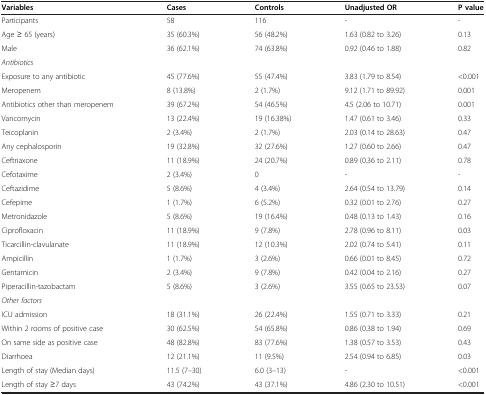
<table><thead><tr><td><b>Variables</b></td><td><b>Cases</b></td><td><b>Controls</b></td><td><b>Unadjusted OR</b></td><td><b>P value</b></td></tr></thead><tbody><tr><td>Participants</td><td>58</td><td>116</td><td>-</td><td>-</td></tr><tr><td>Age ≥ 65 (years)</td><td>35 (60.3%)</td><td>56 (48.2%)</td><td>1.63 (0.82 to 3.26)</td><td>0.13</td></tr><tr><td>Male</td><td>36 (62.1%)</td><td>74 (63.8%)</td><td>0.92 (0.46 to 1.88)</td><td>0.82</td></tr><tr><td><i>Antibiotics</i></td><td> </td><td> </td><td> </td><td> </td></tr><tr><td>Exposure to any antibiotic</td><td>45 (77.6%)</td><td>55 (47.4%)</td><td>3.83 (1.79 to 8.54)</td><td>&lt;0.001</td></tr><tr><td>Meropenem</td><td>8 (13.8%)</td><td>2 (1.7%)</td><td>9.12 (1.71 to 89.92)</td><td>0.001</td></tr><tr><td>Antibiotics other than meropenem</td><td>39 (67.2%)</td><td>54 (46.5%)</td><td>4.5 (2.06 to 10.71)</td><td>0.001</td></tr><tr><td>Vancomycin</td><td>13 (22.4%)</td><td>19 (16.38%)</td><td>1.47 (0.61 to 3.46)</td><td>0.33</td></tr><tr><td>Teicoplanin</td><td>2 (3.4%)</td><td>2 (1.7%)</td><td>2.03 (0.14 to 28.63)</td><td>0.47</td></tr><tr><td>Any cephalosporin</td><td>19 (32.8%)</td><td>32 (27.6%)</td><td>1.27 (0.60 to 2.66)</td><td>0.47</td></tr><tr><td>Ceftriaxone</td><td>11 (18.9%)</td><td>24 (20.7%)</td><td>0.89 (0.36 to 2.11)</td><td>0.78</td></tr><tr><td>Cefotaxime</td><td>2 (3.4%)</td><td>0</td><td>-</td><td>-</td></tr><tr><td>Ceftazidime</td><td>5 (8.6%)</td><td>4 (3.4%)</td><td>2.64 (0.54 to 13.79)</td><td>0.14</td></tr><tr><td>Cefepime</td><td>1 (1.7%)</td><td>6 (5.2%)</td><td>0.32 (0.01 to 2.76)</td><td>0.27</td></tr><tr><td>Metronidazole</td><td>5 (8.6%)</td><td>19 (16.4%)</td><td>0.48 (0.13 to 1.43)</td><td>0.16</td></tr><tr><td>Ciprofloxacin</td><td>11 (18.9%)</td><td>9 (7.8%)</td><td>2.78 (0.96 to 8.11)</td><td>0.03</td></tr><tr><td>Ticarcillin-clavulanate</td><td>11 (18.9%)</td><td>12 (10.3%)</td><td>2.02 (0.74 to 5.41)</td><td>0.11</td></tr><tr><td>Ampicillin</td><td>1 (1.7%)</td><td>3 (2.6%)</td><td>0.66 (0.01 to 8.45)</td><td>0.72</td></tr><tr><td>Gentamicin</td><td>2 (3.4%)</td><td>9 (7.8%)</td><td>0.42 (0.04 to 2.16)</td><td>0.27</td></tr><tr><td>Piperacillin-tazobactam</td><td>5 (8.6%)</td><td>3 (2.6%)</td><td>3.55 (0.65 to 23.53)</td><td>0.07</td></tr><tr><td><i>Other factors</i></td><td> </td><td> </td><td> </td><td> </td></tr><tr><td>ICU admission</td><td>18 (31.1%)</td><td>26 (22.4%)</td><td>1.55 (0.71 to 3.33)</td><td>0.21</td></tr><tr><td>Within 2 rooms of positive case</td><td>30 (62.5%)</td><td>54 (65.8%)</td><td>0.86 (0.38 to 1.94)</td><td>0.69</td></tr><tr><td>On same side as positive case</td><td>48 (82.8%)</td><td>83 (77.6%)</td><td>1.38 (0.57 to 3.53)</td><td>0.43</td></tr><tr><td>Diarrhoea</td><td>12 (21.1%)</td><td>11 (9.5%)</td><td>2.54 (0.94 to 6.85)</td><td>0.03</td></tr><tr><td>Length of stay (Median days)</td><td>11.5 (7–30)</td><td>6.0 (3–13)</td><td>-</td><td>&lt;0.001</td></tr><tr><td>Length of stay ≥7 days</td><td>43 (74.2%)</td><td>43 (37.1%)</td><td>4.86 (2.30 to 10.51)</td><td>&lt;0.001</td></tr></tbody></table>